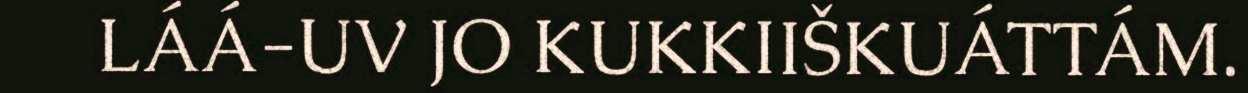
LÁÁ-UV JO KUKKIIŠKUÁTTÁM.